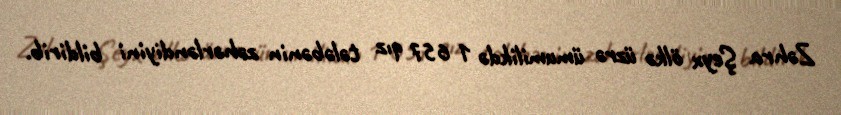
Zəhra Şeyx ölkə üzrə ümumilikdə 1 657 qız tələbənin zəhərləndiyini bildirib.